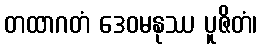
တထာဂတံ ဒေဝမနုဿ ပူဇိတံ၊